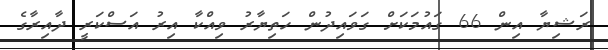
ރަޝިޔާ އިން 66 ގައުމަކަށް ގަވައިދުން ހަތިޔާރު ވިއްކާ އިރު އަސްކަރީ ދާއިރާގެ